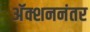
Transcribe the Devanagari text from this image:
अॅक्शननंतर